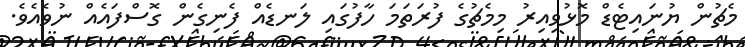
މެޗުން ޔުނައިޓެޑް މޮޅުވިއިރު މިމެޗުގެ ފުރަތަމަ ހާފުގައި ލަނޑެއް ފެނިގެން ގޮސްފައެއް ނުވެއެވެ.